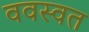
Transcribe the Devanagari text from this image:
ववस्वत